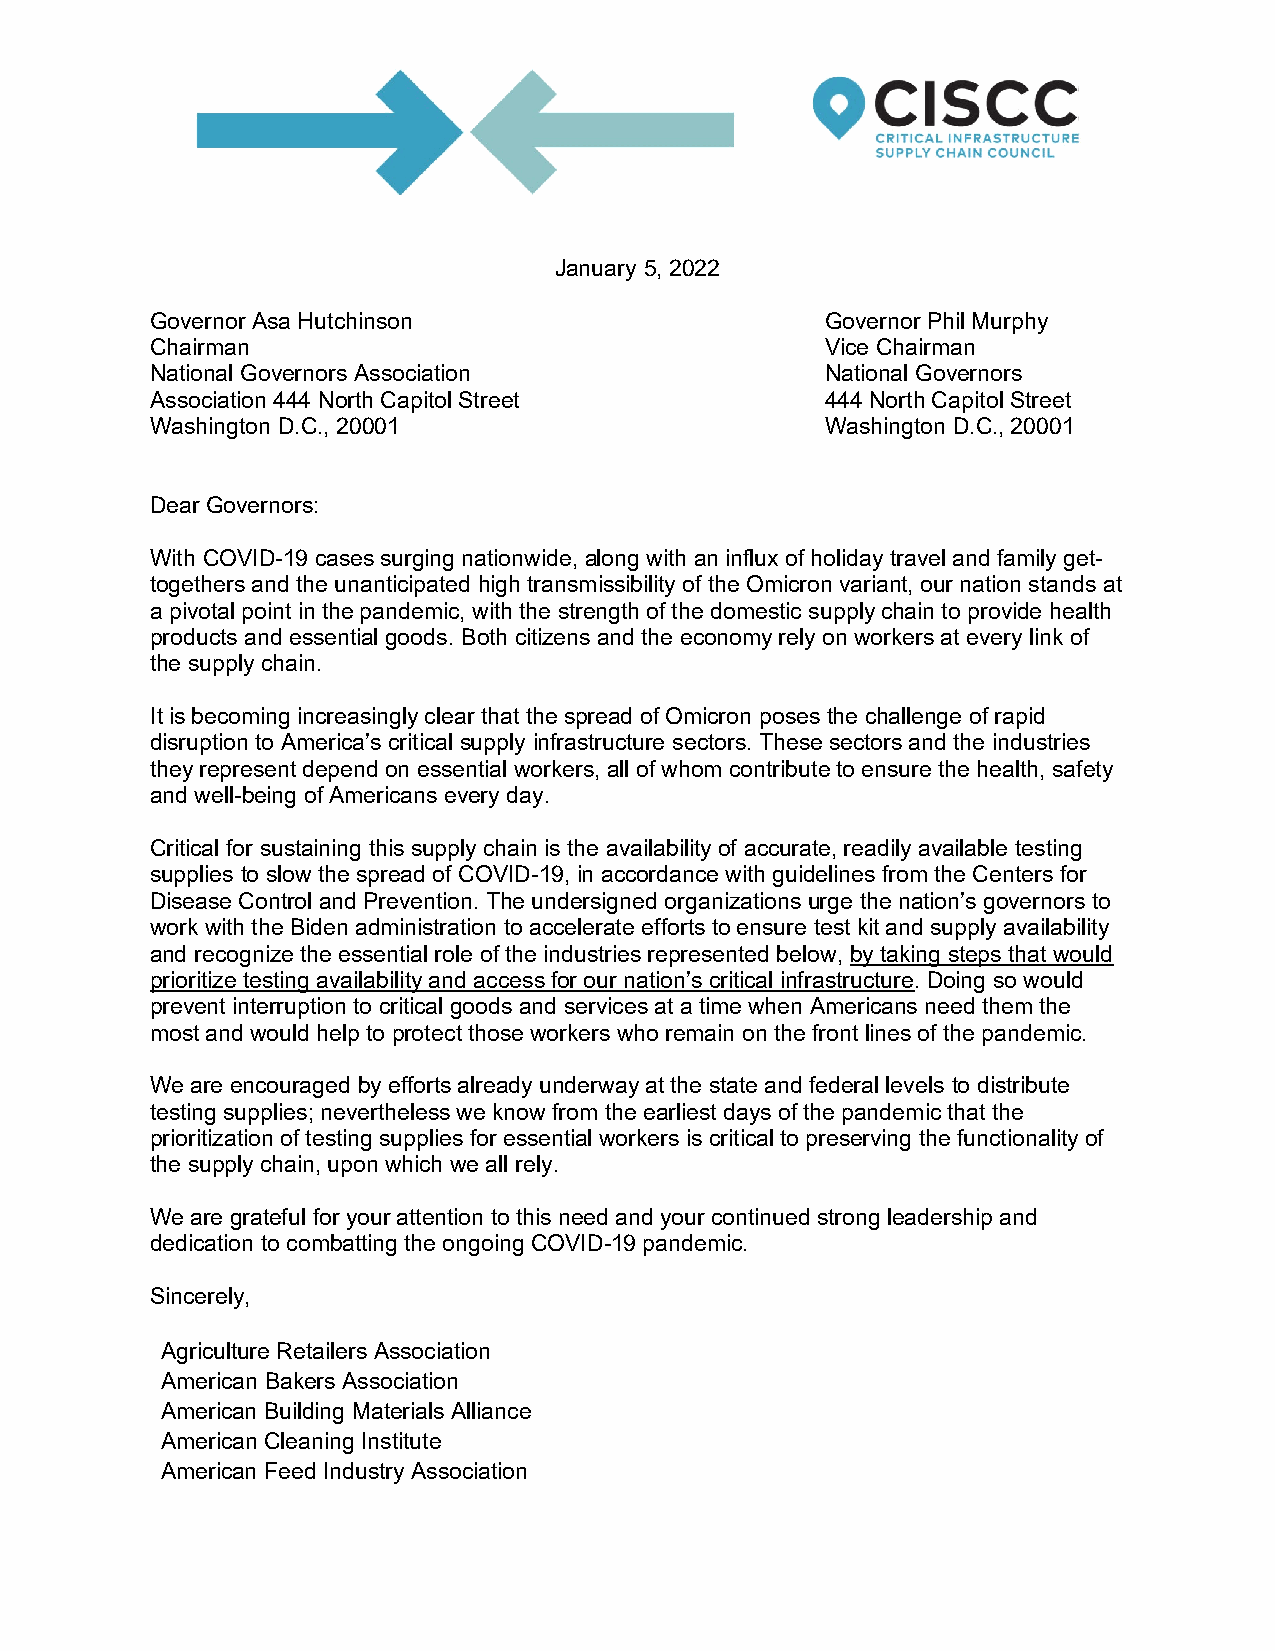
January 5, 2022
 Governor Asa Hutchinson                      Governor Phil Murphy
 Chairman                                     Vice Chairman
 National Governors Association               National Governors
 Association 444 North Capitol Street         444 North Capitol Street
 Washington D.C., 20001                       Washington D.C., 20001
 Dear Governors:
 With COVID-19 cases surging nationwide, along with an influx of holiday travel and family get-
 togethers and the unanticipated high transmissibility of the Omicron variant, our nation stands at
 a pivotal point in the pandemic, with the strength of the domestic supply chain to provide health
 products and essential goods. Both citizens and the economy rely on workers at every link of
 the supply chain.
 It is becoming increasingly clear that the spread of Omicron poses the challenge of rapid
 disruption to America’s critical supply infrastructure sectors. These sectors and the industries
 they represent depend on essential workers, all of whom contribute to ensure the health, safety
 and well-being of Americans every day.
 Critical for sustaining this supply chain is the availability of accurate, readily available testing
 supplies to slow the spread of COVID-19, in accordance with guidelines from the Centers for
 Disease Control and Prevention. The undersigned organizations urge the nation’s governors to
 work with the Biden administration to accelerate efforts to ensure test kit and supply availability
 and recognize the essential role of the industries represented below, by taking steps that would
 prioritize testing availability and access for our nation’s critical infrastructure. Doing so would
 prevent interruption to critical goods and services at a time when Americans need them the
 most and would help to protect those workers who remain on the front lines of the pandemic.
 We are encouraged by efforts already underway at the state and federal levels to distribute
 testing supplies; nevertheless we know from the earliest days of the pandemic that the
 prioritization of testing supplies for essential workers is critical to preserving the functionality of
 the supply chain, upon which we all rely.
 We are grateful for your attention to this need and your continued strong leadership and
 dedication to combatting the ongoing COVID-19 pandemic.
 Sincerely,
 Agriculture Retailers Association
 American Bakers Association
 American Building Materials Alliance
 American Cleaning Institute
 American Feed Industry Association